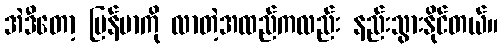
အဲဒီတော့ မြန်မာကို လာတဲ့အထည်ကလည်း နည်းသွားနိုင်တယ်။